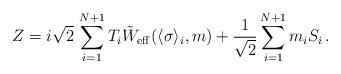
LaTeX: \begin{align*}Z = i\sqrt{2}\, \sum_{i=1}^{N+1}T_{i} \tilde W_{\rm eff}(\langle\sigma\rangle _{i},m) + {1\over\sqrt{2}}\sum_{i=1}^{N+1} m_{i}S_{i}\, .\end{align*}